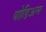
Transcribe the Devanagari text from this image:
पोडिअम